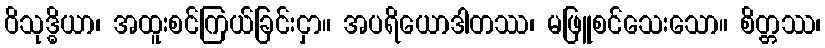
ဝိသုဒ္ဓိယာ၊ အထူးစင်ကြယ်ခြင်းငှာ။ အပရိယောဒါတဿ၊ မဖြူစင်သေးသော။ စိတ္တဿ၊